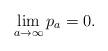
LaTeX: \begin{align*}\lim_{a \to \infty} p_a = 0.\end{align*}